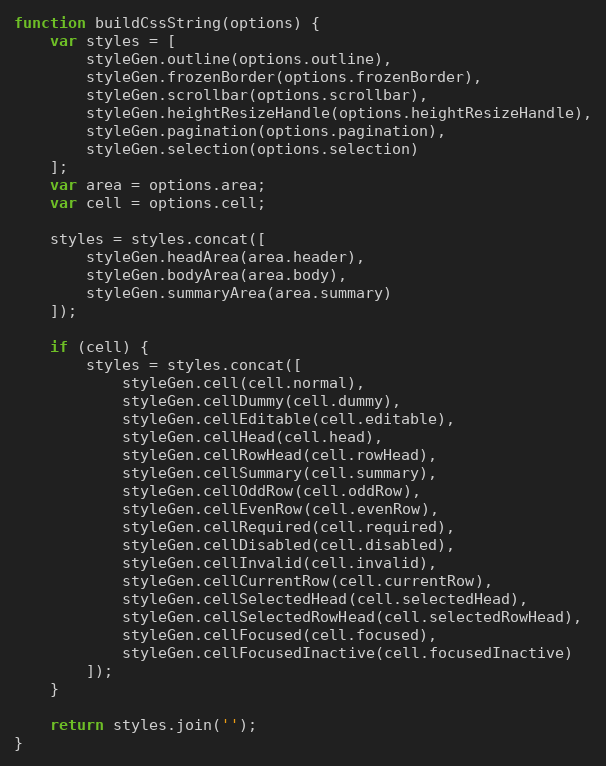
Language: JavaScript
function buildCssString(options) {
    var styles = [
        styleGen.outline(options.outline),
        styleGen.frozenBorder(options.frozenBorder),
        styleGen.scrollbar(options.scrollbar),
        styleGen.heightResizeHandle(options.heightResizeHandle),
        styleGen.pagination(options.pagination),
        styleGen.selection(options.selection)
    ];
    var area = options.area;
    var cell = options.cell;

    styles = styles.concat([
        styleGen.headArea(area.header),
        styleGen.bodyArea(area.body),
        styleGen.summaryArea(area.summary)
    ]);

    if (cell) {
        styles = styles.concat([
            styleGen.cell(cell.normal),
            styleGen.cellDummy(cell.dummy),
            styleGen.cellEditable(cell.editable),
            styleGen.cellHead(cell.head),
            styleGen.cellRowHead(cell.rowHead),
            styleGen.cellSummary(cell.summary),
            styleGen.cellOddRow(cell.oddRow),
            styleGen.cellEvenRow(cell.evenRow),
            styleGen.cellRequired(cell.required),
            styleGen.cellDisabled(cell.disabled),
            styleGen.cellInvalid(cell.invalid),
            styleGen.cellCurrentRow(cell.currentRow),
            styleGen.cellSelectedHead(cell.selectedHead),
            styleGen.cellSelectedRowHead(cell.selectedRowHead),
            styleGen.cellFocused(cell.focused),
            styleGen.cellFocusedInactive(cell.focusedInactive)
        ]);
    }

    return styles.join('');
}